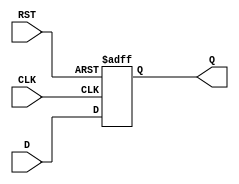
module StoreRegister (
    input  wire [N-1:0] D,    // Data input (N-bit)
    input  wire CLK,           // Clock signal
    input  wire RST,           // Asynchronous reset
    output reg  [N-1:0] Q      // Data output (N-bit)
);
    
    // Parameter for defining the width of the register
    parameter N = 8; // You can change this value as needed

    // Always block for the register functionality
    always @(posedge CLK or posedge RST) begin
        if (RST) begin
            // Asynchronous reset: set Q to 0
            Q <= {N{1'b0}};
        end else begin
            // On the rising edge of CLK, capture D value
            Q <= D;
        end
    end

endmodule